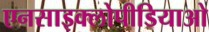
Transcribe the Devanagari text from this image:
एनसाइक्लोपीडियाओ